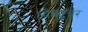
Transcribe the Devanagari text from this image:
ओक्टूबर